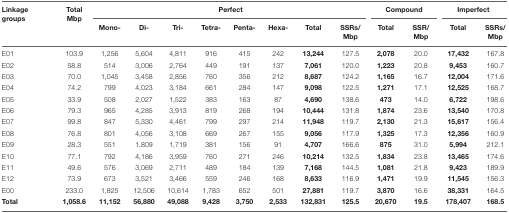
<table><thead><tr><td><b>Linkage groups</b></td><td><b>Total Mbp</b></td><td colspan="8"><b>Perfect</b></td><td colspan="2"><b>Compound</b></td><td colspan="2"><b>Imperfect</b></td></tr><tr><td></td><td></td><td><b>Mono-</b></td><td><b>Di-</b></td><td><b>Tri-</b></td><td><b>Tetra-</b></td><td><b>Penta-</b></td><td><b>Hexa-</b></td><td><b>Total</b></td><td><b>SSRs/ Mbp</b></td><td><b>Total</b></td><td><b>SSR/ Mbp</b></td><td><b>Total</b></td><td><b>SSRs/ Mbp</b></td></tr></thead><tbody><tr><td>E01</td><td>103.9</td><td>1,256</td><td>5,604</td><td>4,811</td><td>916</td><td>415</td><td>242</td><td><b>13,244</b></td><td>127.5</td><td><b>2,078</b></td><td>20.0</td><td><b>17,432</b></td><td>167.8</td></tr><tr><td>E02</td><td>58.8</td><td>514</td><td>3,006</td><td>2,764</td><td>449</td><td>191</td><td>137</td><td><b>7,061</b></td><td>120.0</td><td><b>1,223</b></td><td>20.8</td><td><b>9,453</b></td><td>160.7</td></tr><tr><td>E03</td><td>70.0</td><td>1,045</td><td>3,458</td><td>2,856</td><td>760</td><td>356</td><td>212</td><td><b>8,687</b></td><td>124.2</td><td><b>1,165</b></td><td>16.7</td><td><b>12,004</b></td><td>171.6</td></tr><tr><td>E04</td><td>74.2</td><td>799</td><td>4,023</td><td>3,184</td><td>661</td><td>284</td><td>147</td><td><b>9,098</b></td><td>122.5</td><td><b>1,271</b></td><td>17.1</td><td><b>12,525</b></td><td>168.7</td></tr><tr><td>E05</td><td>33.9</td><td>508</td><td>2,027</td><td>1,522</td><td>383</td><td>163</td><td>87</td><td><b>4,690</b></td><td>138.6</td><td><b>473</b></td><td>14.0</td><td><b>6,722</b></td><td>198.6</td></tr><tr><td>E06</td><td>79.3</td><td>965</td><td>4,285</td><td>3,913</td><td>819</td><td>268</td><td>194</td><td><b>10,444</b></td><td>131.8</td><td><b>1,874</b></td><td>23.6</td><td><b>13,540</b></td><td>170.8</td></tr><tr><td>E07</td><td>99.8</td><td>847</td><td>5,330</td><td>4,461</td><td>799</td><td>297</td><td>214</td><td><b>11,948</b></td><td>119.7</td><td><b>2,130</b></td><td>21.3</td><td><b>15,617</b></td><td>156.4</td></tr><tr><td>E08</td><td>76.8</td><td>801</td><td>4,056</td><td>3,108</td><td>669</td><td>267</td><td>155</td><td><b>9,056</b></td><td>117.9</td><td><b>1,325</b></td><td>17.3</td><td><b>12,356</b></td><td>160.9</td></tr><tr><td>E09</td><td>28.3</td><td>551</td><td>1,809</td><td>1,719</td><td>381</td><td>156</td><td>91</td><td><b>4,707</b></td><td>166.6</td><td><b>875</b></td><td>31.0</td><td><b>5,994</b></td><td>212.1</td></tr><tr><td>E10</td><td>77.1</td><td>792</td><td>4,186</td><td>3,959</td><td>760</td><td>271</td><td>246</td><td><b>10,214</b></td><td>132.5</td><td><b>1,834</b></td><td>23.8</td><td><b>13,465</b></td><td>174.6</td></tr><tr><td>E11</td><td>49.6</td><td>576</td><td>3,069</td><td>2,711</td><td>489</td><td>184</td><td>139</td><td><b>7,168</b></td><td>144.5</td><td><b>1,081</b></td><td>21.8</td><td><b>9,423</b></td><td>189.9</td></tr><tr><td>E12</td><td>73.9</td><td>673</td><td>3,521</td><td>3,466</td><td>559</td><td>246</td><td>168</td><td><b>8,633</b></td><td>116.9</td><td><b>1,471</b></td><td>19.9</td><td><b>11,545</b></td><td>156.3</td></tr><tr><td>E00</td><td>233.0</td><td>1,825</td><td>12,506</td><td>10,614</td><td>1,783</td><td>652</td><td>501</td><td><b>27,881</b></td><td>119.7</td><td><b>3,870</b></td><td>16.6</td><td><b>38,331</b></td><td>164.5</td></tr><tr><td><b>Total</b></td><td><b>1,058.6</b></td><td><b>11,152</b></td><td><b>56,880</b></td><td><b>49,088</b></td><td><b>9,428</b></td><td><b>3,750</b></td><td><b>2,533</b></td><td><b>132,831</b></td><td><b>125.5</b></td><td><b>20,670</b></td><td><b>19.5</b></td><td><b>178,407</b></td><td><b>168.5</b></td></tr></tbody></table>